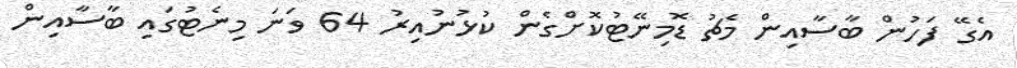
އެގޭ ފަހުން ބާސާއިން މެޗު ޑޮމިނޭޓުކޮށްގެން ކުޅުނުއިރު 64 ވަނަ މިނެޓުގައި ބާސާއިން